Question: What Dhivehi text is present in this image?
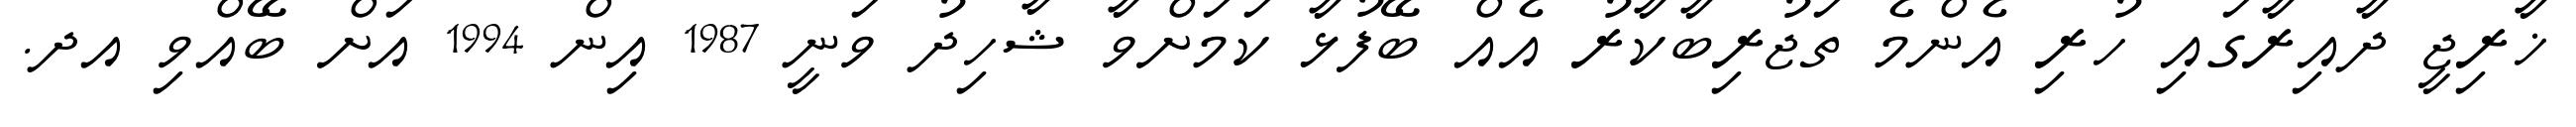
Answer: ޚާރިޖީ ދާއިރާގައި ހުރި އެންމެ ތަޖުރިބާކާރު އެއް ބޭފުޅާ ކަމަށްވާ ޝާހިދު ވަނީ 1987 އިން 1994 އަށް ބޭއްވި އދ.